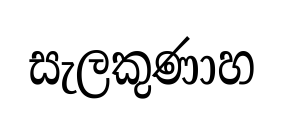
සැලකුණාහ